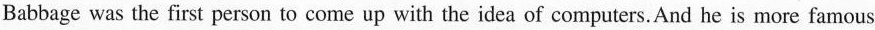
Babbage was the first person to come up with the idea of computers. And he is more famous